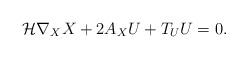
LaTeX: \begin{align*}\mathcal{H}\nabla_X X + 2 A_X U + T_U U =0.\end{align*}